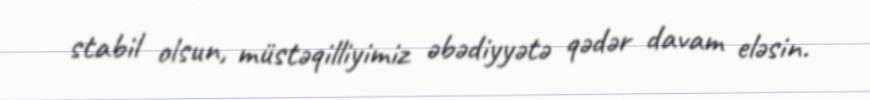
stabil olsun, müstəqilliyimiz əbədiyyətə qədər davam eləsin.